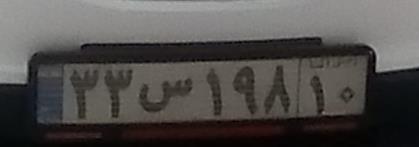
۳۳س۱۹۸۱۰